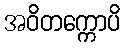
အဝိတက္ကောပိ